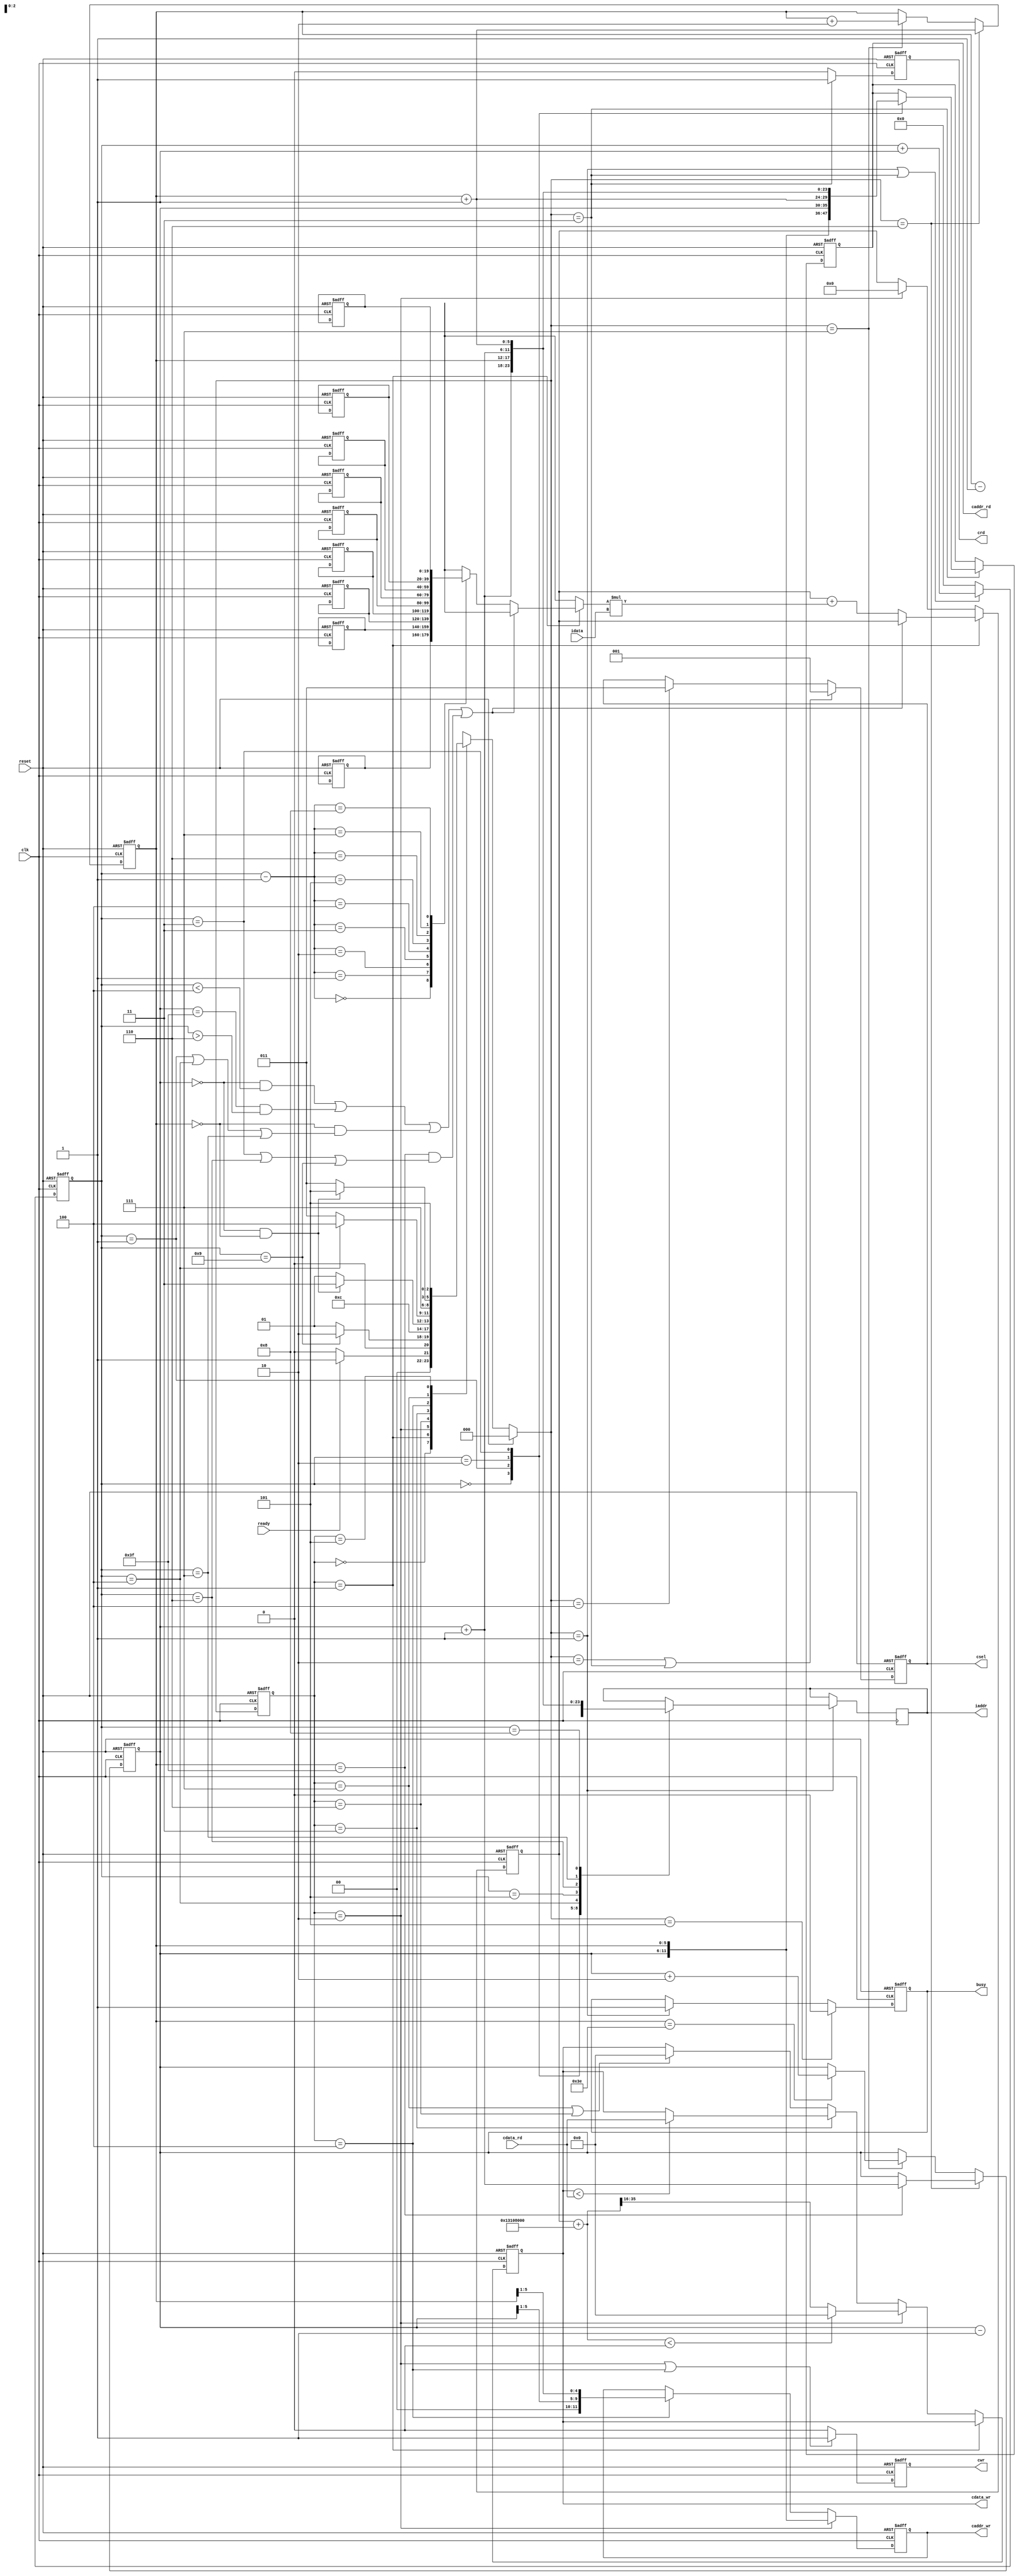

`timescale 1ns/10ps

module  CONV(
            input		clk,
            input		reset,
            output	reg	busy,
            input		ready,

            output  reg [11:0] iaddr,
            input	 [19:0] idata,

            output	reg 	cwr,
            output	reg [11:0]	caddr_wr,
            output	reg [19:0]	cdata_wr,

            output	reg 	crd,
            output	reg [11:0]	caddr_rd,
            input	 [19:0]	cdata_rd,

            output	reg [2:0]csel
        );
reg [2:0]current_state,next_state;
reg debug;
reg [3:0]counter;
reg [5:0]x,y;
wire [5:0]x_plus,y_plus,x_minus,y_minus;
reg signed [44:0]mul;//8 + 32 + 1(signed)
wire signed [44:0]result;
assign result = mul + 40'h0013108000;
assign x_plus = x+1;
assign x_minus = x-1;
assign y_plus = y+1;
assign y_minus = y-1;
reg signed [19:0]k[8:0]; // kernel
parameter idle = 0;
parameter read_0 = 1;
parameter write_0 = 2;
parameter read_1 = 3;
parameter write_1 = 4;
parameter finish = 5;
parameter next_0 = 6;
parameter next_1 = 7;
always @(*) //next_state logic
begin
    if(reset)
        next_state = idle;
    else
    begin
        case(current_state)
            idle:
                if(ready)
                    next_state = read_0;
                else
                    next_state = idle;
            read_0:
                if(counter == 9)
                    next_state = write_0;
                else
                    next_state = read_0;
            write_0:
                next_state = next_0;
            next_0:
                if(x == 0 && y == 0)
                    next_state = read_1;
                else
                    next_state = read_0;
            read_1:
                if(counter == 4)
                    next_state = write_1;
                else
                    next_state = read_1;
            write_1:
                next_state = next_1;
            next_1:
                if(x == 0 && y ==0)
                    next_state = finish;
                else
                    next_state = read_1;
            finish:
                next_state = finish;
            default:
                next_state = idle;
        endcase
    end
end
always @(posedge clk or posedge reset) //csel
begin
    if(reset)
        csel<=0;
    else if(next_state == write_0 || next_state == read_1)
        csel<=3'b001;
    else if(next_state == write_1)
        csel<=3'b011;
    else
        csel<=csel;
end
always @(posedge clk or posedge reset) //cwr
begin
    if(reset)
        cwr<=0;
    else if(current_state == write_0 || current_state == write_1)
        cwr<=1;
    else
        cwr<=0;
end
always @(posedge clk or posedge reset) //crd
begin
    if(reset)
        crd<=0;
    else if(next_state == read_1)
        crd<=1;
    else
        crd<=0;
end
always @(posedge clk or posedge reset)//busy
begin
    if(reset)
        busy<=0;
    else if (next_state == finish)
        busy<=0;
    else if(next_state == read_0)
        busy<=1;
    else
        busy<=busy;
end
always @(posedge clk or posedge reset) //caddr_wr
begin
    if(reset)
        caddr_wr<=0;
    else if(current_state == write_0)
        caddr_wr<={x,y};
    else if(current_state==write_1)
        caddr_wr<={2'b0,x[5:1],y[5:1]};
end
always @(posedge clk or posedge reset)//cdata_wr
begin
    if(reset)
    begin
        k[0] <= 20'h0A89E;
        k[1] <= 20'h092D5;
        k[2] <= 20'h06D43;
        k[3] <= 20'h01004;
        k[4] <= 20'hF8F71;
        k[5] <= 20'hF6E54;
        k[6] <= 20'hFA6D7;
        k[7] <= 20'hFC834;
        k[8] <= 20'hFAC19;
        cdata_wr<=0;
        mul<=0;
    end
    else if(current_state == read_0)//CONV
    begin
        if( (x==0 && counter < 4) || (x==63 && counter > 6) || (y==0 && (counter == 1 || counter == 4||counter == 7)) ||(y==63 && (counter == 3 || counter == 6||counter == 9)))
            mul<=mul;
        else
        begin
            mul <= mul+ k[counter-1]* $signed (idata);
            debug<=1;
        end
    end
    else if(current_state == write_0)//relu
    begin
        mul<=0;
        if(result < 0)
            cdata_wr <= 0;
        else
            cdata_wr <= result[35:16];
    end
    else if(current_state == read_1)//max_pooling
    begin
        if(cdata_wr < cdata_rd)
            cdata_wr<= cdata_rd;
        else
            cdata_wr<=cdata_wr;
    end
    else if(current_state == next_1||current_state == next_0)
        cdata_wr<=0;
    else
        ;
end
always @(posedge clk or posedge reset) //caddr_rd
begin
    if(reset)
        caddr_rd<=0;
    else if(next_state == read_1)
    begin
        case(counter)
            0:
                caddr_rd<={x,y};
            1:
                caddr_rd<={x,y_plus};
            2:
                caddr_rd<={x_plus,y};
            3:
                caddr_rd<={x_plus,y_plus};
            default:
                caddr_rd<=caddr_rd;
        endcase
    end
    else
        ;
end
always @(posedge clk )//iaddr
begin

    if(next_state == read_0)
    begin
        case(counter)
            0:
                iaddr<={x_minus,y_minus};
            1:
                iaddr<={x_minus,y};
            2:
                iaddr<={x_minus,y_plus};
            3:
                iaddr<={x,y_minus};
            4:
                iaddr<={x,y};
            5:
                iaddr<={x,y_plus};
            6:
                iaddr<={x_plus,y_minus};
            7:
                iaddr<={x_plus,y};
            8:
                iaddr<={x_plus,y_plus};
            default:
                iaddr<=iaddr;
        endcase
    end
    else
        ;
end
always @(posedge clk or posedge reset)//counter
begin
    if(reset)
        counter<=0;
    else if(next_state == read_0 || next_state == read_1)
        counter<=counter+1;
    else
        counter<=0;
end
always @(posedge clk or posedge reset)//x
begin
    if(reset)
        x<=0;
    else if(next_state == next_0)
    begin
        if(y==6'b111111)
            x<=x+1;
        else
            x<=x;
    end
    else if(next_state == next_1)
    begin
        if(y==62)
            x<=x+2;
        else
            x<=x;
    end
end
always @(posedge clk or posedge reset)//y
begin
    if(reset)
        y<=0;
    else if(next_state == next_0)
        y<=y+1;
    else if(next_state == next_1)
        y<=y+2;
end
always @(posedge clk or posedge reset)
begin
    if(reset)
        current_state <= idle;
    else
        current_state <= next_state;
end
endmodule